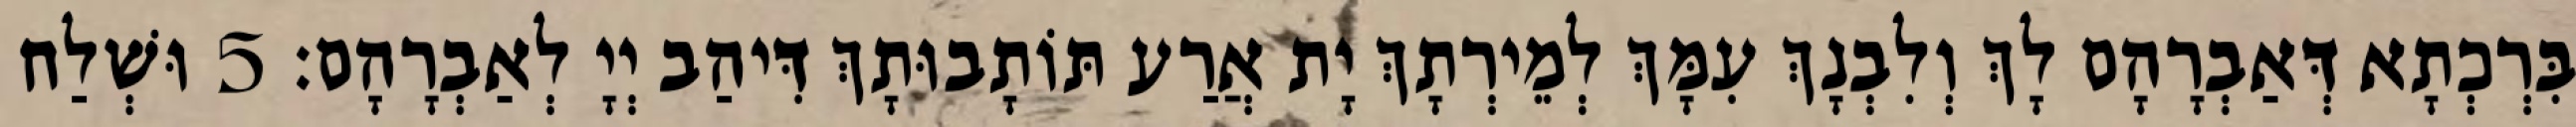
בִּרְכְתָא דְּאַבְרָהָם לָךְ וְלִבְנָךְ עִמָּךְ לְמֵירְתָךְ יָת אֲרַע תּוֹתָבוּתָךְ דִּיהַב יְיָ לְאַבְרָהָם׃ 5 וּשְׁלַח